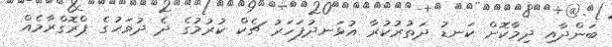
ބަންދާއި ދިމާކޮށް ކަނޑު ދަތުރުކުރާ އުޅަނދުފަހަރު ޗެކް ކުރުމުގެ ދެ ދުވަހުގެ ޕްރޮގްރާމެއް